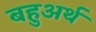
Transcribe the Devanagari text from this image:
बहुअर्थ